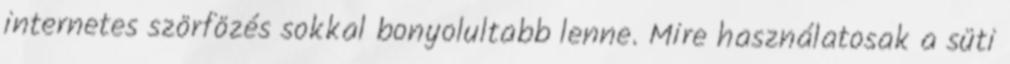
internetes szörfözés sokkal bonyolultabb lenne. Mire használatosak a süti